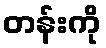
တန်းကို